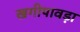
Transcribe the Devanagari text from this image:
खगीपावड़ा